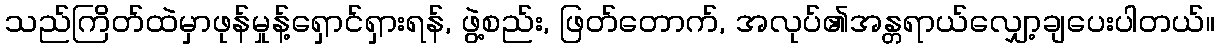
သည်ကြိတ်ထဲမှာဖုန်မှုန့်ရှောင်ရှားရန်, ဖွဲ့စည်း, ဖြတ်တောက်, အလုပ်၏အန္တရာယ်လျှော့ချပေးပါတယ်။